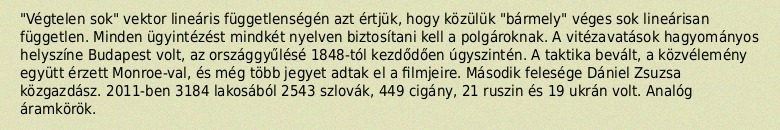
"Végtelen sok" vektor lineáris függetlenségén azt értjük, hogy közülük "bármely" véges sok lineárisan független. Minden ügyintézést mindkét nyelven biztosítani kell a polgároknak. A vitézavatások hagyományos helyszíne Budapest volt, az országgyűlésé 1848-tól kezdődően úgyszintén. A taktika bevált, a közvélemény együtt érzett Monroe-val, és még több jegyet adtak el a filmjeire. Második felesége Dániel Zsuzsa közgazdász. 2011-ben 3184 lakosából 2543 szlovák, 449 cigány, 21 ruszin és 19 ukrán volt. Analóg áramkörök.